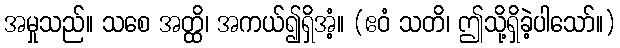
အမှုသည်။ သစေ အတ္ထိ၊ အကယ်၍ရှိအံ့။ (ဧဝံ သတိ၊ ဤသို့ရှိခဲ့ပါသော်။)